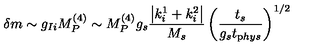
\delta m \sim g _ { I i } M _ { P } ^ { ( 4 ) } \sim M _ { P } ^ { ( 4 ) } g _ { s } \frac { \left| k _ { i } ^ { 1 } + k _ { i } ^ { 2 } \right| } { M _ { s } } \left( \frac { t _ { s } } { g _ { s } t _ { \mathrm p h y s } } \right) ^ { 1 / 2 }